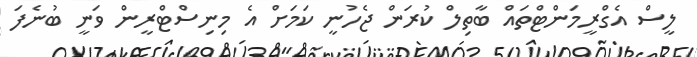
ލީސް އެގްރީމަންޓްތައް ބާތިލް ކުރަން ޖެހުނީ ކަމަށް އެ މިނިސްޓްރީން ވަނީ ބުނެފަ